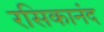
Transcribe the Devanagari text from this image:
रसिकानंद